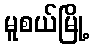
မူစယ်မြို့